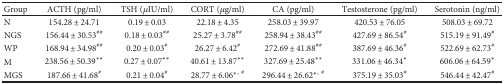
| Group | ACTH (pg/ml) | TSH (μIU/ml) | CORT (μg/ml) | CA (pg/ml) | Testosterone (pg/ml) | Serotonin (ng/ml) |
 | --- | --- | --- | --- | --- | --- | --- |
 | N | 154.28 ± 24.71 | 0.19 ± 0.03 | 22.18 ± 4.35 | 258.03 ± 39.97 | 420.53 ± 76.05 | 508.03 ± 69.72 |
 | NGS | 156.44 ± 30.53## | 0.18 ± 0.03## | 25.27 ± 3.78## | 258.94 ± 38.43## | 427.69 ± 86.54# | 515.19 ± 91.49# |
 | WP | 168.94 ± 34.98## | 0.20 ± 0.03# | 26.27 ± 6.42# | 272.69 ± 41.88## | 387.69 ± 46.36# | 522.69 ± 62.73# |
 | M | 238.56 ± 50.39∗∗ | 0.27 ± 0.07∗∗ | 40.61 ± 13.87∗∗ | 327.69 ± 25.48∗∗ | 331.06 ± 46.34∗ | 606.06 ± 64.59∗ |
 | MGS | 187.66 ± 41.68# | 0.21 ± 0.04# | 28.77 ± 6.06∗, # | 296.44 ± 26.62∗, # | 375.19 ± 35.03# | 546.44 ± 42.47# |